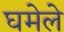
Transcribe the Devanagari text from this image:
घमेले